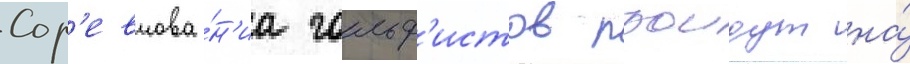
Сор'евнова́н'иа гольф'истов проидут на́